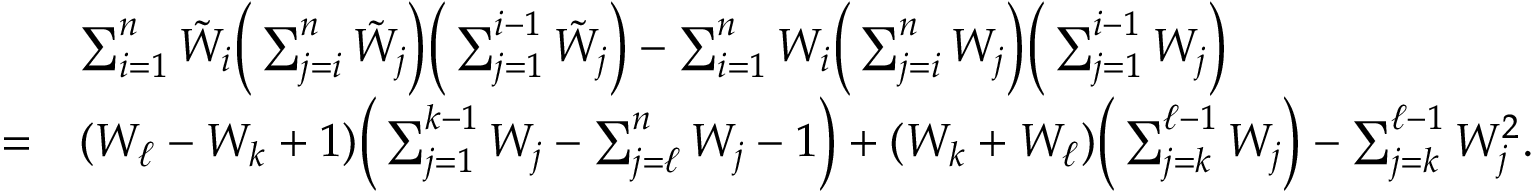
\begin{array} { r l } & { \sum _ { i = 1 } ^ { n } { \tilde { W } } _ { i } \Big ( \sum _ { j = i } ^ { n } { \tilde { W } } _ { j } \Big ) \Big ( \sum _ { j = 1 } ^ { i - 1 } { \tilde { W } } _ { j } \Big ) - \sum _ { i = 1 } ^ { n } W _ { i } \Big ( \sum _ { j = i } ^ { n } W _ { j } \Big ) \Big ( \sum _ { j = 1 } ^ { i - 1 } W _ { j } \Big ) } \\ { = } & { ( W _ { \ell } - W _ { k } + 1 ) \Big ( \sum _ { j = 1 } ^ { k - 1 } W _ { j } - \sum _ { j = \ell } ^ { n } W _ { j } - 1 \Big ) + ( W _ { k } + W _ { \ell } ) \Big ( \sum _ { j = k } ^ { \ell - 1 } W _ { j } \Big ) - \sum _ { j = k } ^ { \ell - 1 } W _ { j } ^ { 2 } . } \end{array}